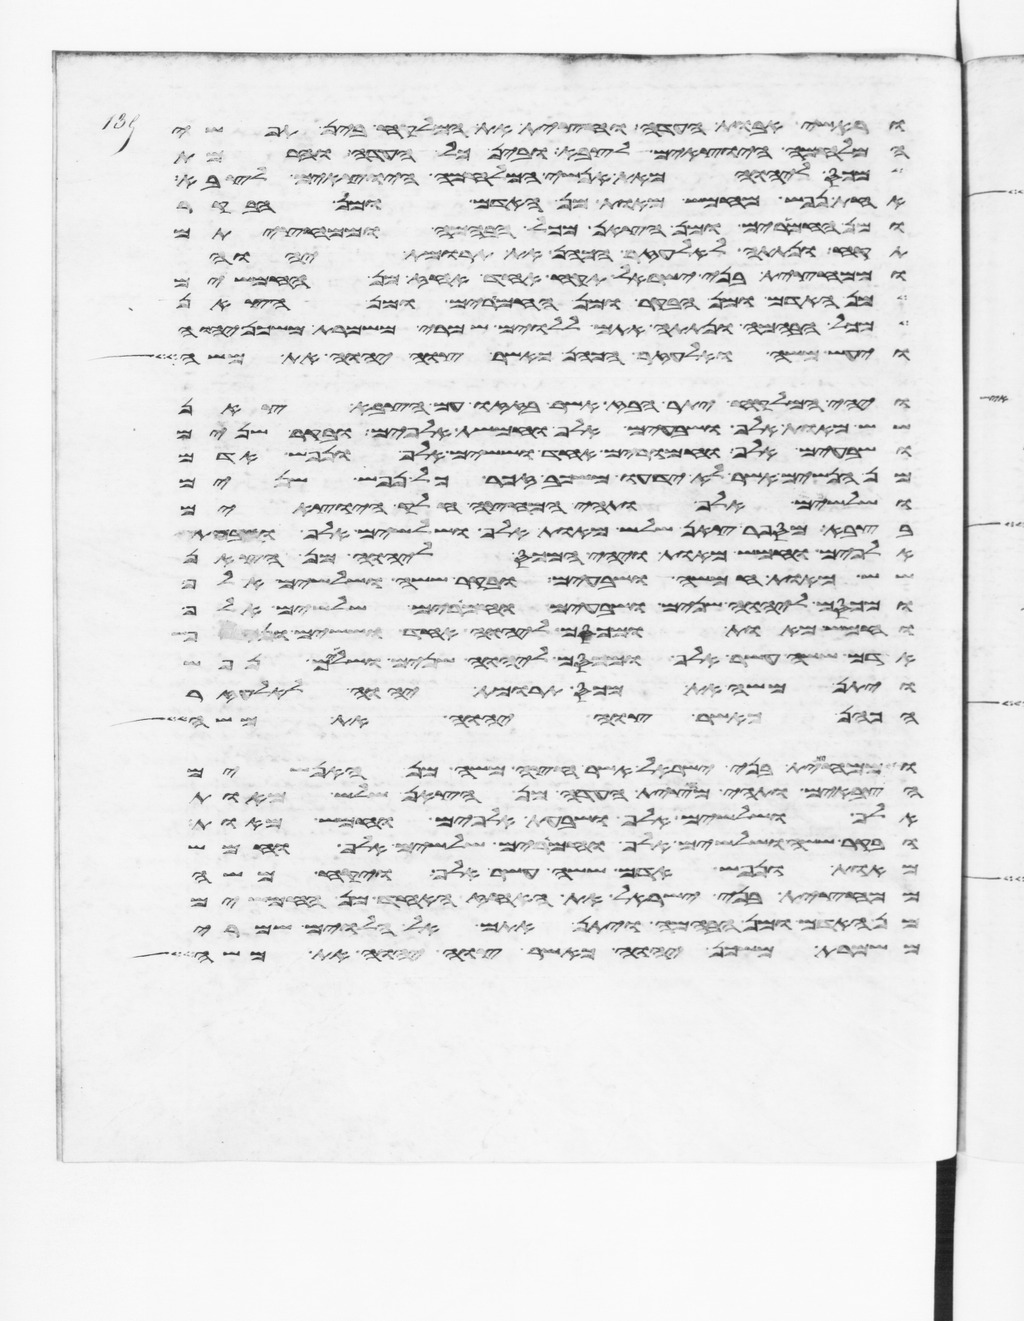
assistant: וראשי אבות העדה וחצית את המלקח בין תפשי
המלחמה היוצאים לצבא ובין כל העדה והרמת
מכס ליהוה מאת אנשי המלחמה היוצאים לצבא
אחת נפש מחמש מאות מן האדם ומן הבקר
ומן החמרים ומן הצאן מכל הבהמה ממחציתם
תקח ונתתה לאלעזר הכהן את תרומת יהוה
וממחצית בני ישראל תקח אחד אחז מן החמשים
מן האדם ומן הבקר ומן החמרים ומן הצאן
מכל הבהמה ונתתה אתם ללוים שמרי משמרת משכן יהוה
ויעש משה ואלעזר הכהן כאשר צוה יהוה את משה
ויהי המלקח יתר הבז אשר בזזו עם הצבא צאן
שש מאות אלף ושבעים אלף וחמשת אלפים ובקר שנים
ושבעים אלף וחמרים אחד וששים אלף ונפש אדם
מן הנשים אשר לא ידעו משכב זכר כל נפש שנים
ושלשים אלף ותהי המחצה חלק היוצאים
בצבא מספר צאן שלש מאות אלף ושלשים אלף ושבעת
אלפים וחמש מאות ויהי המכס ליהוה מן הצאן
שש מאות חמשה ושבעים ובקר ששה ושלשים אלף
ומכסם ליהוה שנים ושבעים וחמרים שלשים אלף
וחמש מאות ומכסם ליהוה אחד וששים
אדם ששה עשר אלף ומכסם ליהוה שנים ושלשים נפש
ויתן משה את מכס תרומת יהוה לאלעזר
הכהן כאשר צוה יהוה את משה
וממחצית בני ישראל אשר חצה משה מן האנשים
הצבאים ותהי מחצית העדה מן הצאן שלש מאות
אלף ושלשים אלף ושבעת אלפים וחמש מאות
ובקר ששה ושלשים אלף וחמרים שלשים אלף וחמש
מאות ונפש אדם ששה עשר אלף ויקח משה
ממחצית בני ישראל את האחז אחד מן החמשים
מן האדם ומן הבהמה ויתן אתם אל הלוים שמרי
משמרת משכן יהוה כאשר צוה יהוה את משה